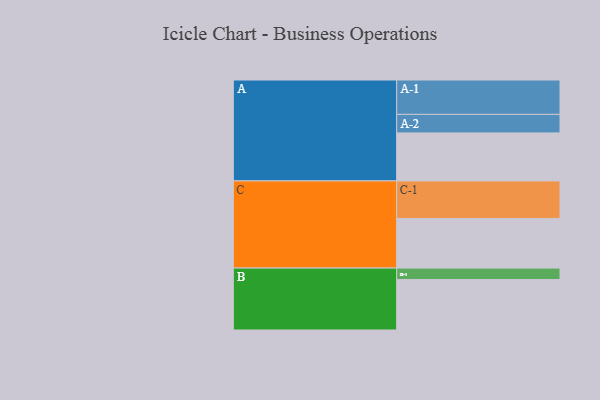
{"axis": {"x": "Segment", "y": "Value"}, "legend": ["", "A", "B", "C"], "data": [{"x": "A", "y": 352, "type": ""}, {"x": "B", "y": 370, "type": ""}, {"x": "C", "y": 364, "type": ""}, {"x": "A-1", "y": 252, "type": "A"}, {"x": "A-2", "y": 136, "type": "A"}, {"x": "B-1", "y": 84, "type": "B"}, {"x": "C-1", "y": 275, "type": "C"}]}